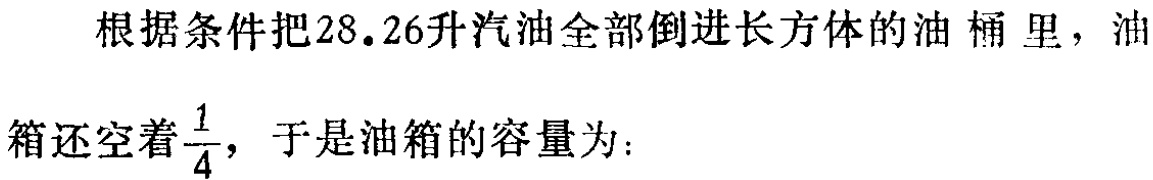
根据条件把28.26升汽油全部倒进长方体的油桶里，油箱还空着$\frac{1}{4}$，于是油箱的容量为：